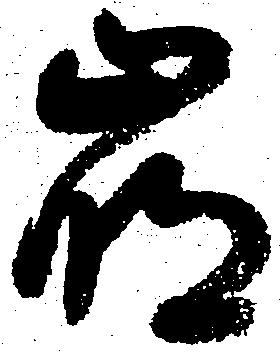
崩